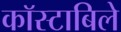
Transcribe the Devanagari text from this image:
काॅस्टाबिले